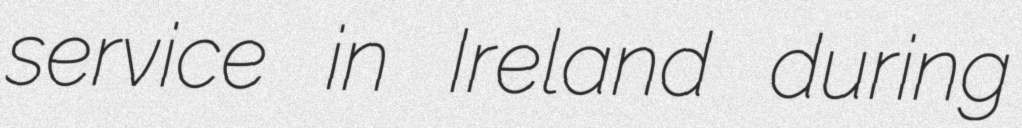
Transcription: service in Ireland during